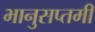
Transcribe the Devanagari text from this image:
भानुसप्तमी